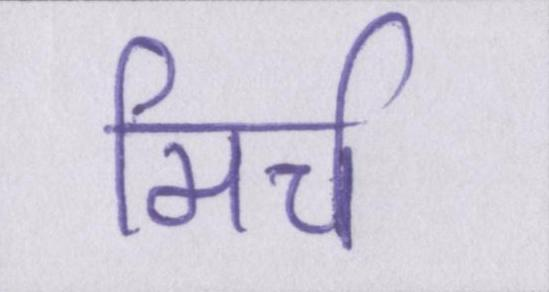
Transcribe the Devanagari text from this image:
मिर्च